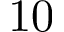
1 0